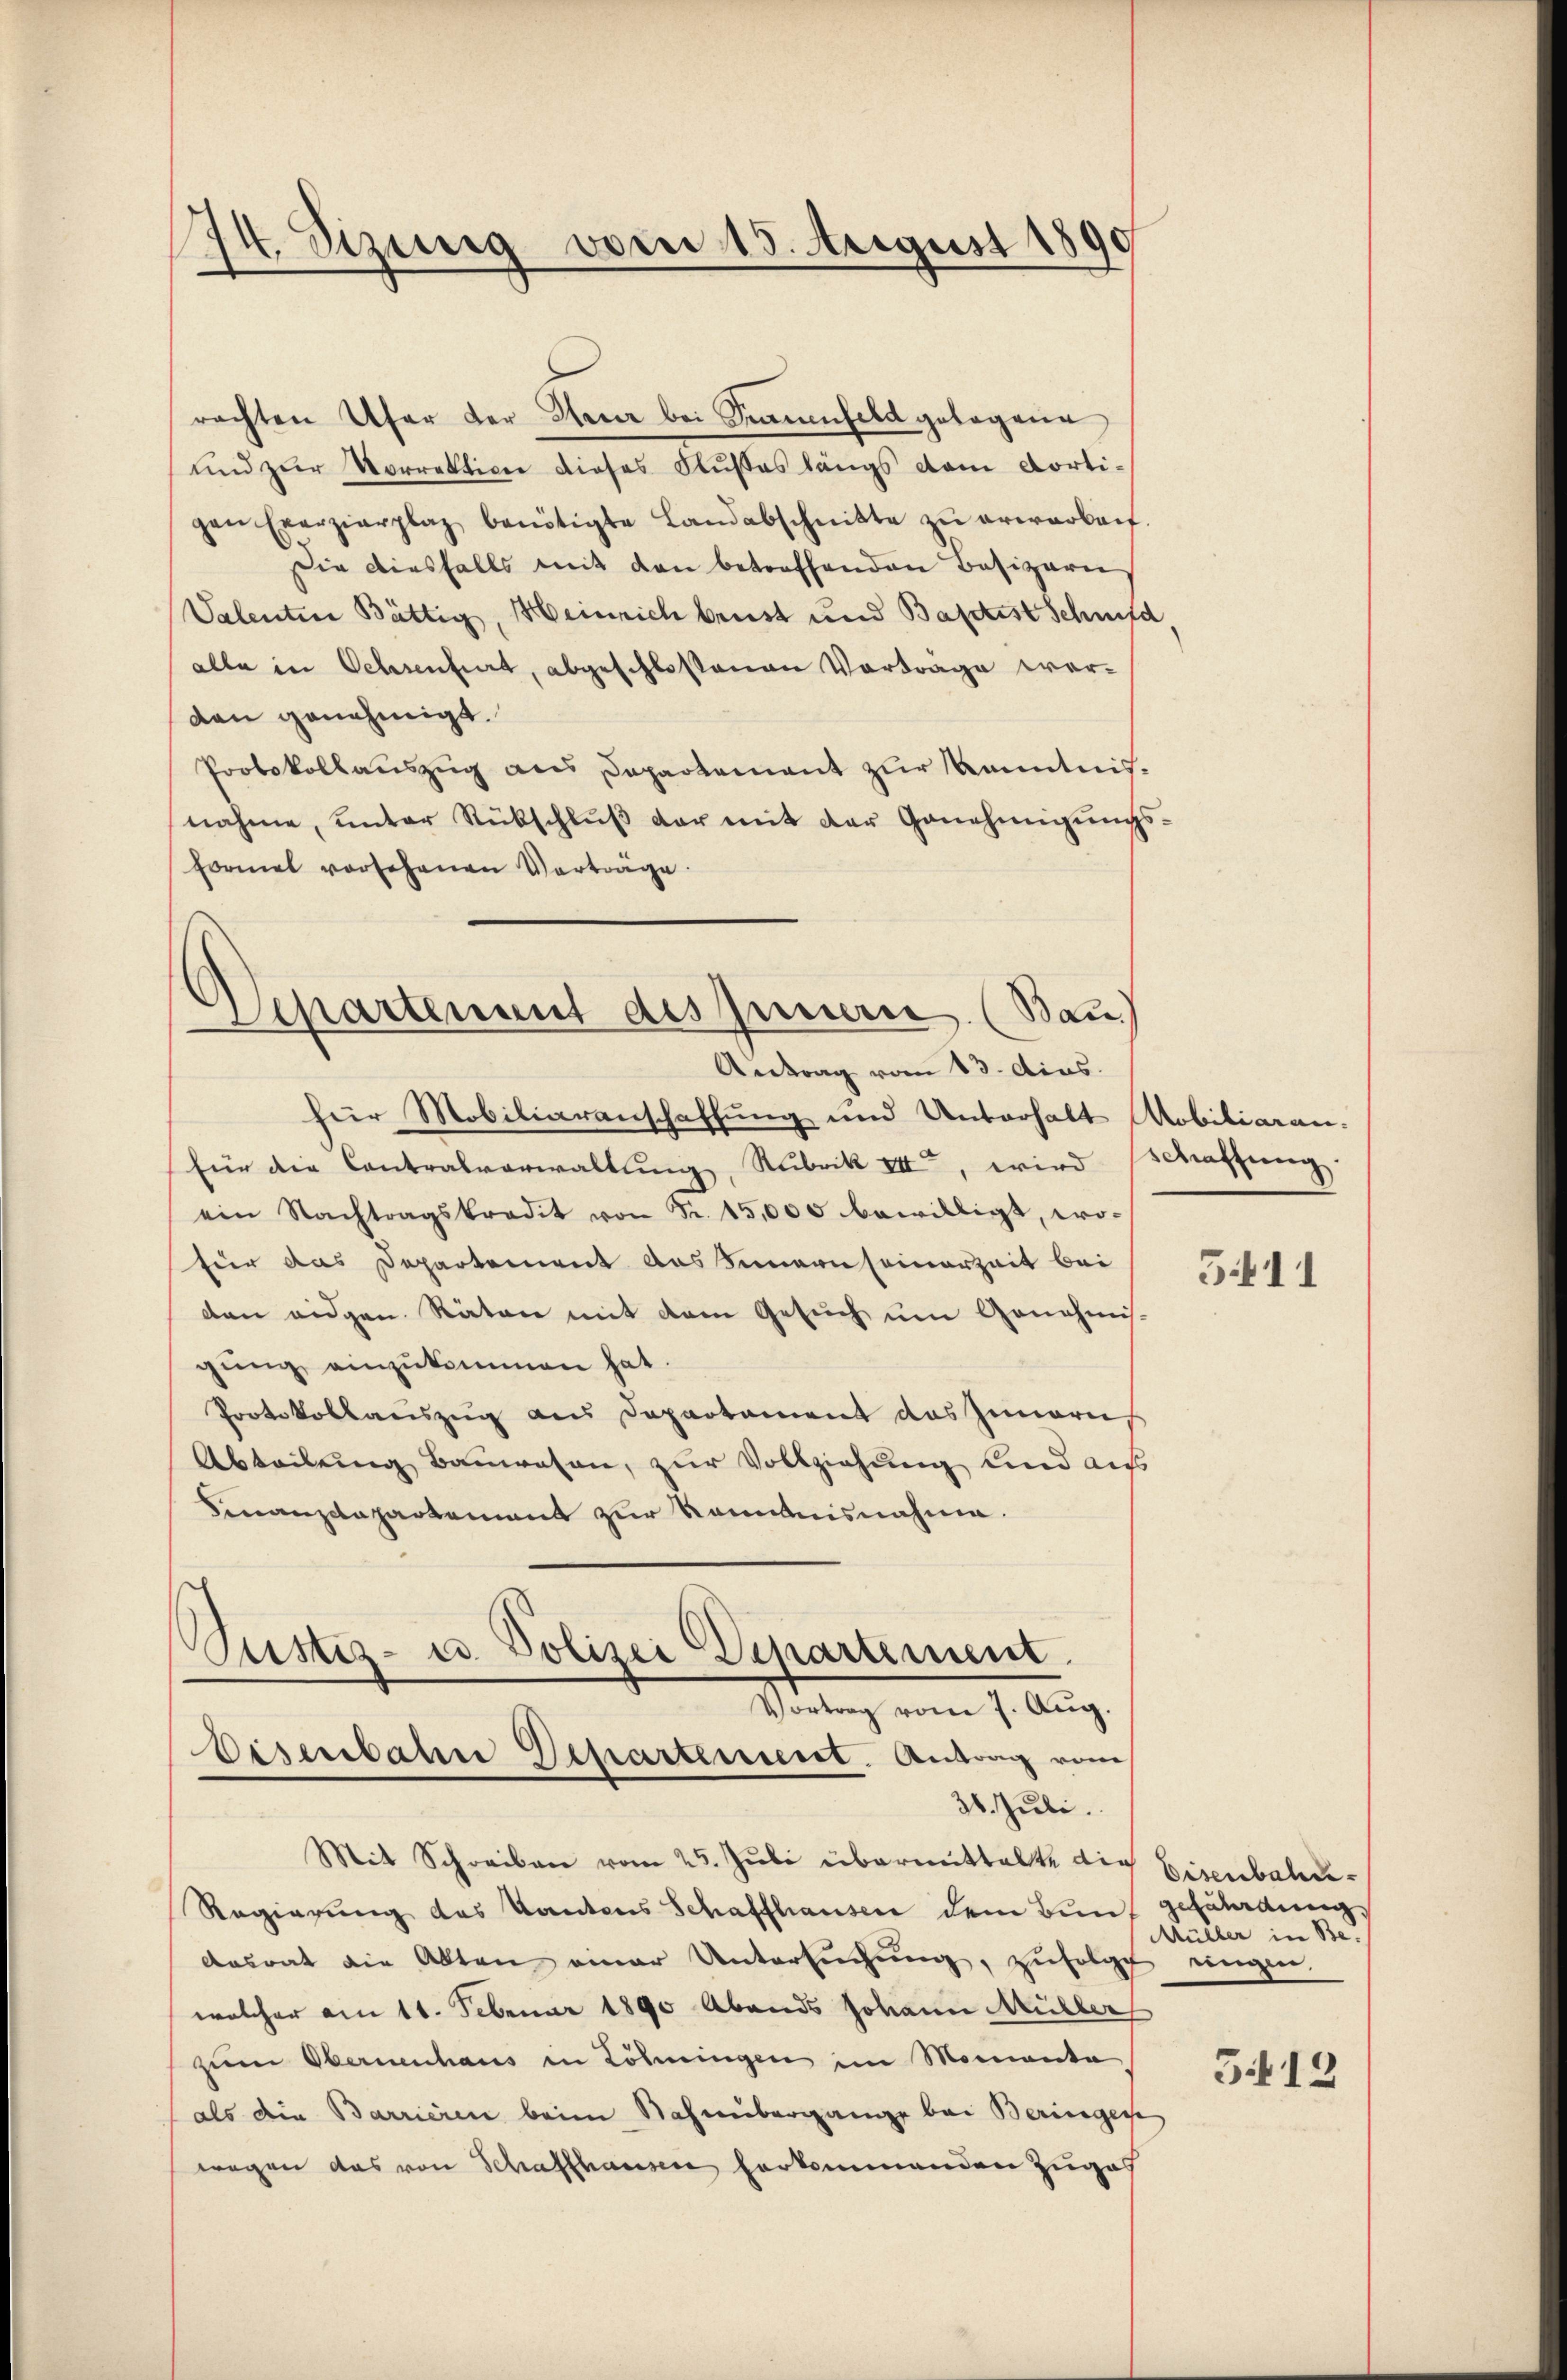
174. Sizung vom 15. August 1890

und zur Vorrektione dieses Flußes längs vom Kortigen Exerzierplaz benötigte Landabschnitte zŭ erwarbeit.
Die diesfalls mit den betreffenden Besizeri
Valenten Bättig, Heinrich brust und Baptist Schmid
alle in Oelsentiert, abgeschlossenen Vorträge werdan genehmigt.
Protokollaŭszŭg ans Departement zŭr Kenntnisnahme, ŭnter Rübschlŭβ der mit der Genehmigŭngs-
Formel vorsehenen Verträge.
Separtenant des Innern. (Bau)
Antrag vom 13. dies.
für Mobiliaranschaffung und Unterhalt Mobiliaren.
für die Contralverwaltung, Rubrik VII, wird schaffung
ein Nachtragskredit von Fr. 15,000 bewilligt, wo-
für das Departement das Simmern seinerzeit bei
den eidgen. Räten mit dem Gesŭch ŭm Genehmis-
gung einzukommen hat.
Protokollariszug aus Departament das Inneris
Abteilung Bauwesen, zur Vollziehung und aus
Finanzdepartement zur Rommisnahme.

rachten Ufer der Steuer bei Sinnenfeld getagene

Justiz- u. Polizei Departement.
Vortrag vom 7. Aug.
Eisenbahn Departement. Antrag vom
31. Juli.

Mit Schreiben vom 25. Jŭli übermittelte die Eisenbahn¬
Regierŭng des Kantons Schaffhausen dem Bun, gesätadung,
desrat die Alten einer Untersuchung, zufolgt ungen-
welcher am 11. Februar 1890 Abends Johann Müller
zum Obernenhaus in Löhnungen im Momente
als die Barrieren beim Bahnübergange bei Beringere
wegen das von Schaffhausen herkommenden Zuges

5411

Müller in Be-

5.412